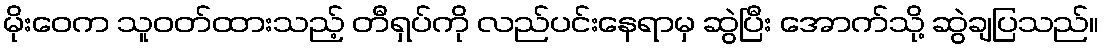
မိုးဝေက သူဝတ်ထားသည့် တီရှပ်ကို လည်ပင်းနေရာမှ ဆွဲပြီး အောက်သို့ ဆွဲချပြသည်။